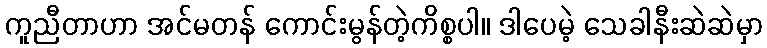
ကူညီတာဟာ အင်မတန် ကောင်းမွန်တဲ့ကိစ္စပါ။ ဒါပေမဲ့ သေခါနီးဆဲဆဲမှာ